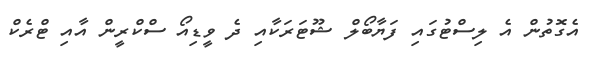
އެގޮތުން އެ ލިސްޓުގައި ފަޔާބޯލް ޝޫޓަރަކާއި ދެ ވީޑިއޯ ސްކްރީން އާއި ޓްރެކް